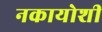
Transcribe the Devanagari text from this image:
नकायोशी